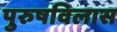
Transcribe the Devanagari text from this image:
पुरुषविलास